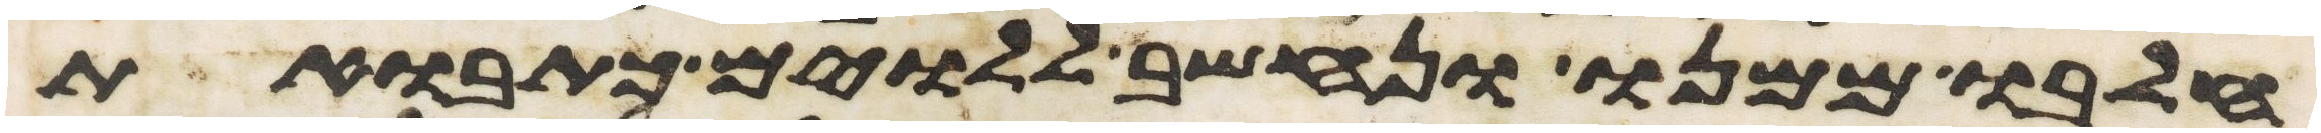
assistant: חלבו ממנו ונחשב ללוים כתבואת